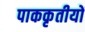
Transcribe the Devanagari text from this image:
पाककृतीयों